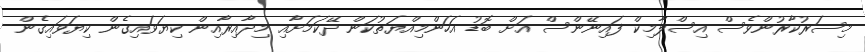
މިސަރުކާރުންވެސް އިސްލާމިކް ފައިނޭންސް އަށް ބޮޑު އަހަންމިއްޔަތުކަން ދޭކަމަށާއި މިދާއިރާއިން ކިޔަވައިގެން ކިޔަވައިގެން